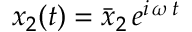
x _ { 2 } ( t ) = \bar { x } _ { 2 } \, e ^ { i \, \omega \, t }